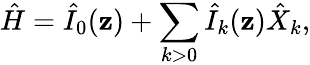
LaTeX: \hat{H}={\hat{I}}_{0}(\mathbf{z})+\sum_{k>0}{\hat{I}_{k}}(\mathbf{z})\hat{X}_{k},